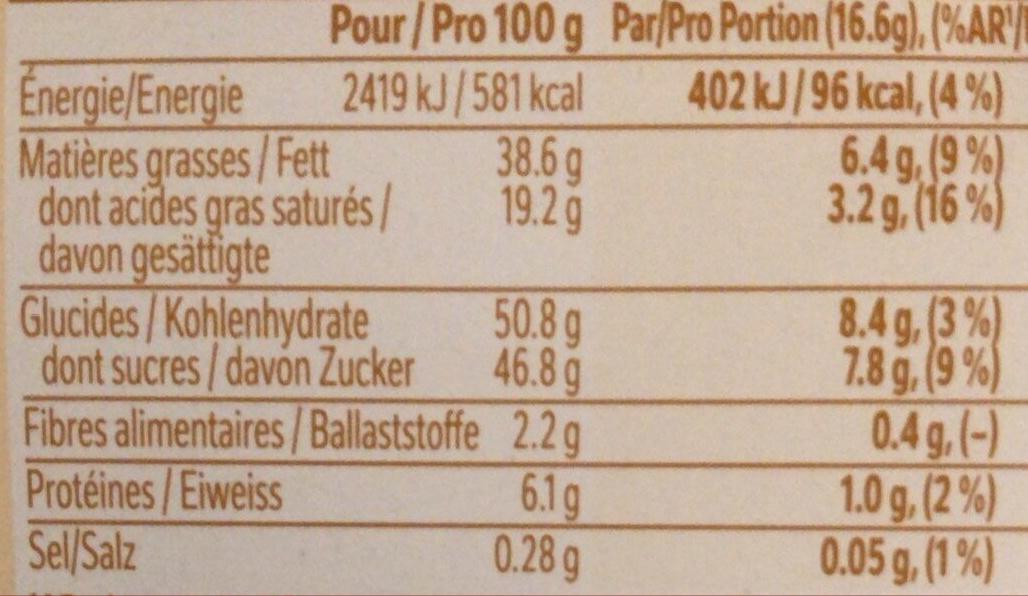
Pour/Pro 100 g
2419 kJ/581 kcal
Energie/Energie
Matières grasses / Fett
dont acides gras saturés davon gesättigte Glucides/Kohlenhydrate dont sucres/davon Zucker
Fibres alimentaires/Ballaststoffe
Protéines/Eiweiss
Sel/Salz
38.6 g
19.2 g
50.8 g
46.8 g
2.2 g
6.1g
0.28 g
Par/Pro Portion (16.6g), (%AR
402 kJ/96 kcal, (4 %)
6.4 g, (9%)
3.2 g, (16%)
8.4 g, (3%)
7.8 g. (9%)
0.4 g, (-)
1.0 g. (2%) 0.05 g, (1%)